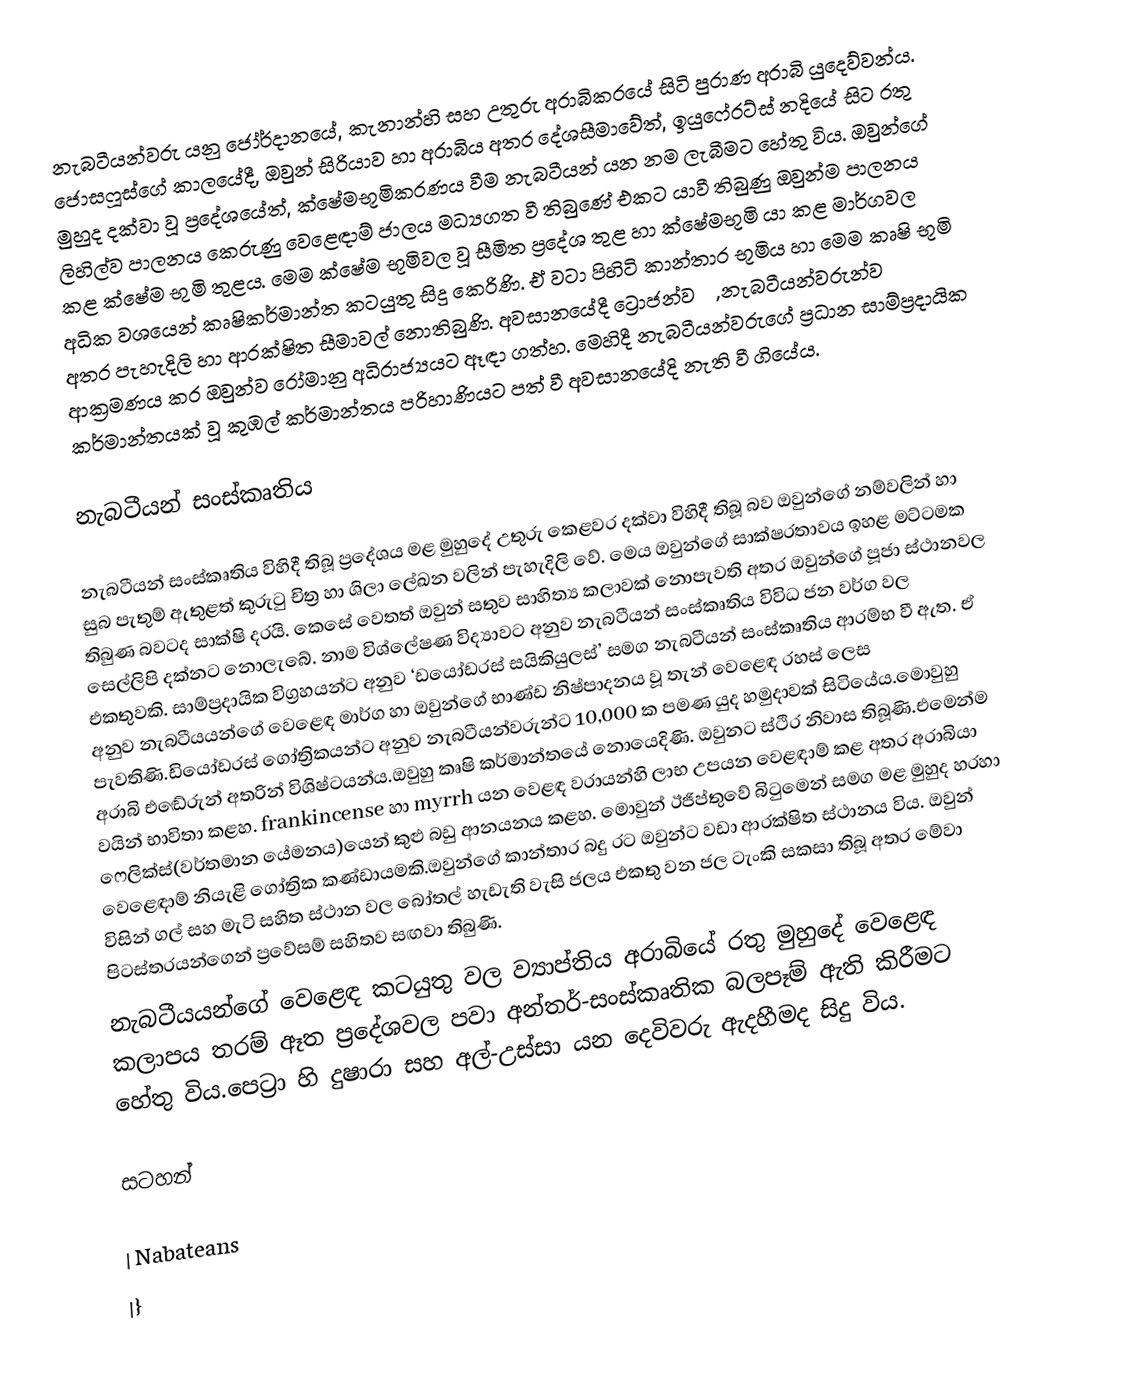
නැබටීයන්වරු යනු ජෝර්දානයේ, කැනාන්හි සහ උතුරු අරාබිකරයේ සිටි පුරාණ අරාබි යුදෙව්වන්ය. ජොසෆූස්ගේ කාලයේදී, ඔවුන් සිරියාව හා අරාබිය අතර දේශසීමාවේත්, ඉයුෆේරට්ස් නදියේ සිට රතු මුහුද දක්වා වූ ප්‍රදේශයේත්, ක්ෂේමභූමිකරණය වීම නැබටීයන් යන නම ලැබීමට හේතු විය. ඔවුන්ගේ ලිහිල්ව පාලනය කෙරුණු වෙළෙඳාම් ජාලය මධ්‍යගත වී තිබුණේ එකට යාවී තිබුණු ඔවුන්ම පාලනය කළ ක්ෂේම භුමි තුළය. මෙම ක්ෂේම භූමිවල වූ සීමිත ප්‍රදේශ තුළ හා ක්ෂේමභූමි යා කළ මාර්ගවල අධික වශයෙන් කෘෂිකර්මාන්ත කටයුතු සිදු කෙරිණි. ඒ වටා පිහිටි කාන්තාර භූමිය හා මෙම කෘෂි භූමි අතර පැහැදිලි හා ආරක්ෂිත සීමාවල් නොතිබුණි. අවසානයේදී ට්‍රොජන්වරු, නැබටීයන්වරුන්ව ආක්‍රමණය කර ඔවුන්ව රෝමානු අධිරාජ්‍යයට ඈඳා ගත්හ. මෙහිදී නැබටීයන්වරුගේ ප්‍රධාන සාම්ප්‍රදායික කර්මාන්තයක් වූ කුඹල් කර්මාන්තය පරිහාණියට පත් වී අවසානයේදි නැති වී ගියේය.

නැබටීයන් සංස්කෘතිය

නැබටීයන් සංස්කෘතිය විහිදී තිබූ ප්‍රදේශය මළ මුහුදේ උතුරු කෙළවර දක්වා විහිදී තිබූ බව ඔවුන්ගේ නම්වලින් හා සුබ පැතුම් ඇතුළත් කුරුටු චිත්‍ර හා ශිලා ලේඛන වලින් පැහැදිලි වේ. මෙය ඔවුන්ගේ සාක්ෂරතාවය ඉහළ මට්ටමක තිබුණ බවටද සාක්ෂි දරයි. කෙසේ වෙතත් ඔවුන් සතුව සාහිත්‍ය කලාවක් නොපැවති අතර ඔවුන්ගේ පූජා ස්ථානවල සෙල්ලිපි දක්නට නොලැබේ. නාම විශ්ලේෂණ විද්‍යාවට අනුව නැබටීයන් සංස්කෘතිය විවිධ ජන වර්ග වල එකතුවකි. සාම්ප්‍රදායික විග්‍රහයන්ට අනුව ‘ඩයෝඩරස් සයිකියුලස්’ සමග නැබටීයන් සංස්කෘතිය ආරම්භ වී ඇත. ඒ අනුව නැබටීයයන්ගේ වෙළෙඳ මාර්ග හා ඔවුන්ගේ භාණ්ඩ නිෂ්පාදනය වූ තැන් වෙළෙඳ රහස් ලෙස පැවතිණි.ඩියෝඩරස් ගෝත්‍රිකයන්ට අනුව නැබටීයන්වරුන්ට 10,000 ක පමණ යුද හමුදාවක් සිටියේය.මොවුහු අරාබි එඬේරුන් අතරින් විශිෂ්ටයන්ය.ඔවුහු කෘෂි කර්මාන්තයේ නොයෙදිණි. ඔවුනට ස්ථිර නිවාස තිබූණි.එමෙන්ම වයින් භාවිතා කළහ. frankincense හා myrrh යන වෙළඳ වරායන්හි ලාභ උපයන වෙළඳාම් කළ අතර අරාබියා ෆෙලික්ස්(වර්තමාන යේමනය)යෙන් කුළු බඩු ආනයනය කළහ. මොවුන් ඊජිප්තුවේ බිටුමෙන් සමග මළ මුහුද හරහා වෙළෙඳාම් නියැළි ගෝත්‍රික කණ්ඩායමකි.ඔවුන්ගේ කාන්තාර බදු රට ඔවුන්ට වඩා ආරක්ෂිත ස්ථානය විය.  ඔවුන් විසින් ගල් සහ මැටි සහිත ස්ථාන වල බෝතල් හැඩැති වැසි ජලය එකතු වන ජල ටැංකි සකසා තිබූ අතර මේවා පිටස්තරයන්ගෙන් ප්‍රවේසම් සහිතව සඟවා තිබුණි.
නැබටීයයන්ගේ වෙළෙඳ කටයුතු වල ව්‍යාප්තිය අරාබියේ රතු මුහුදේ වෙළෙඳ කලාපය තරම් ඈත ප්‍රදේශවල පවා අන්තර්-සංස්කෘතික බලපෑම් ඇති කිරීමට හේතු විය.පෙට්‍රා හි දුෂාරා සහ අල්-උස්සා යන දෙවිවරු ඇදහීමද සිදු විය.

සටහන්

| Nabateans
|}